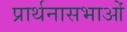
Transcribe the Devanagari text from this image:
प्रार्थनासभाओं